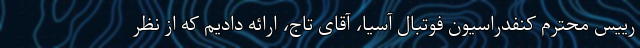
رییس محترم کنفدراسیون فوتبال آسیا، آقای تاج، ارائه دادیم که از نظر